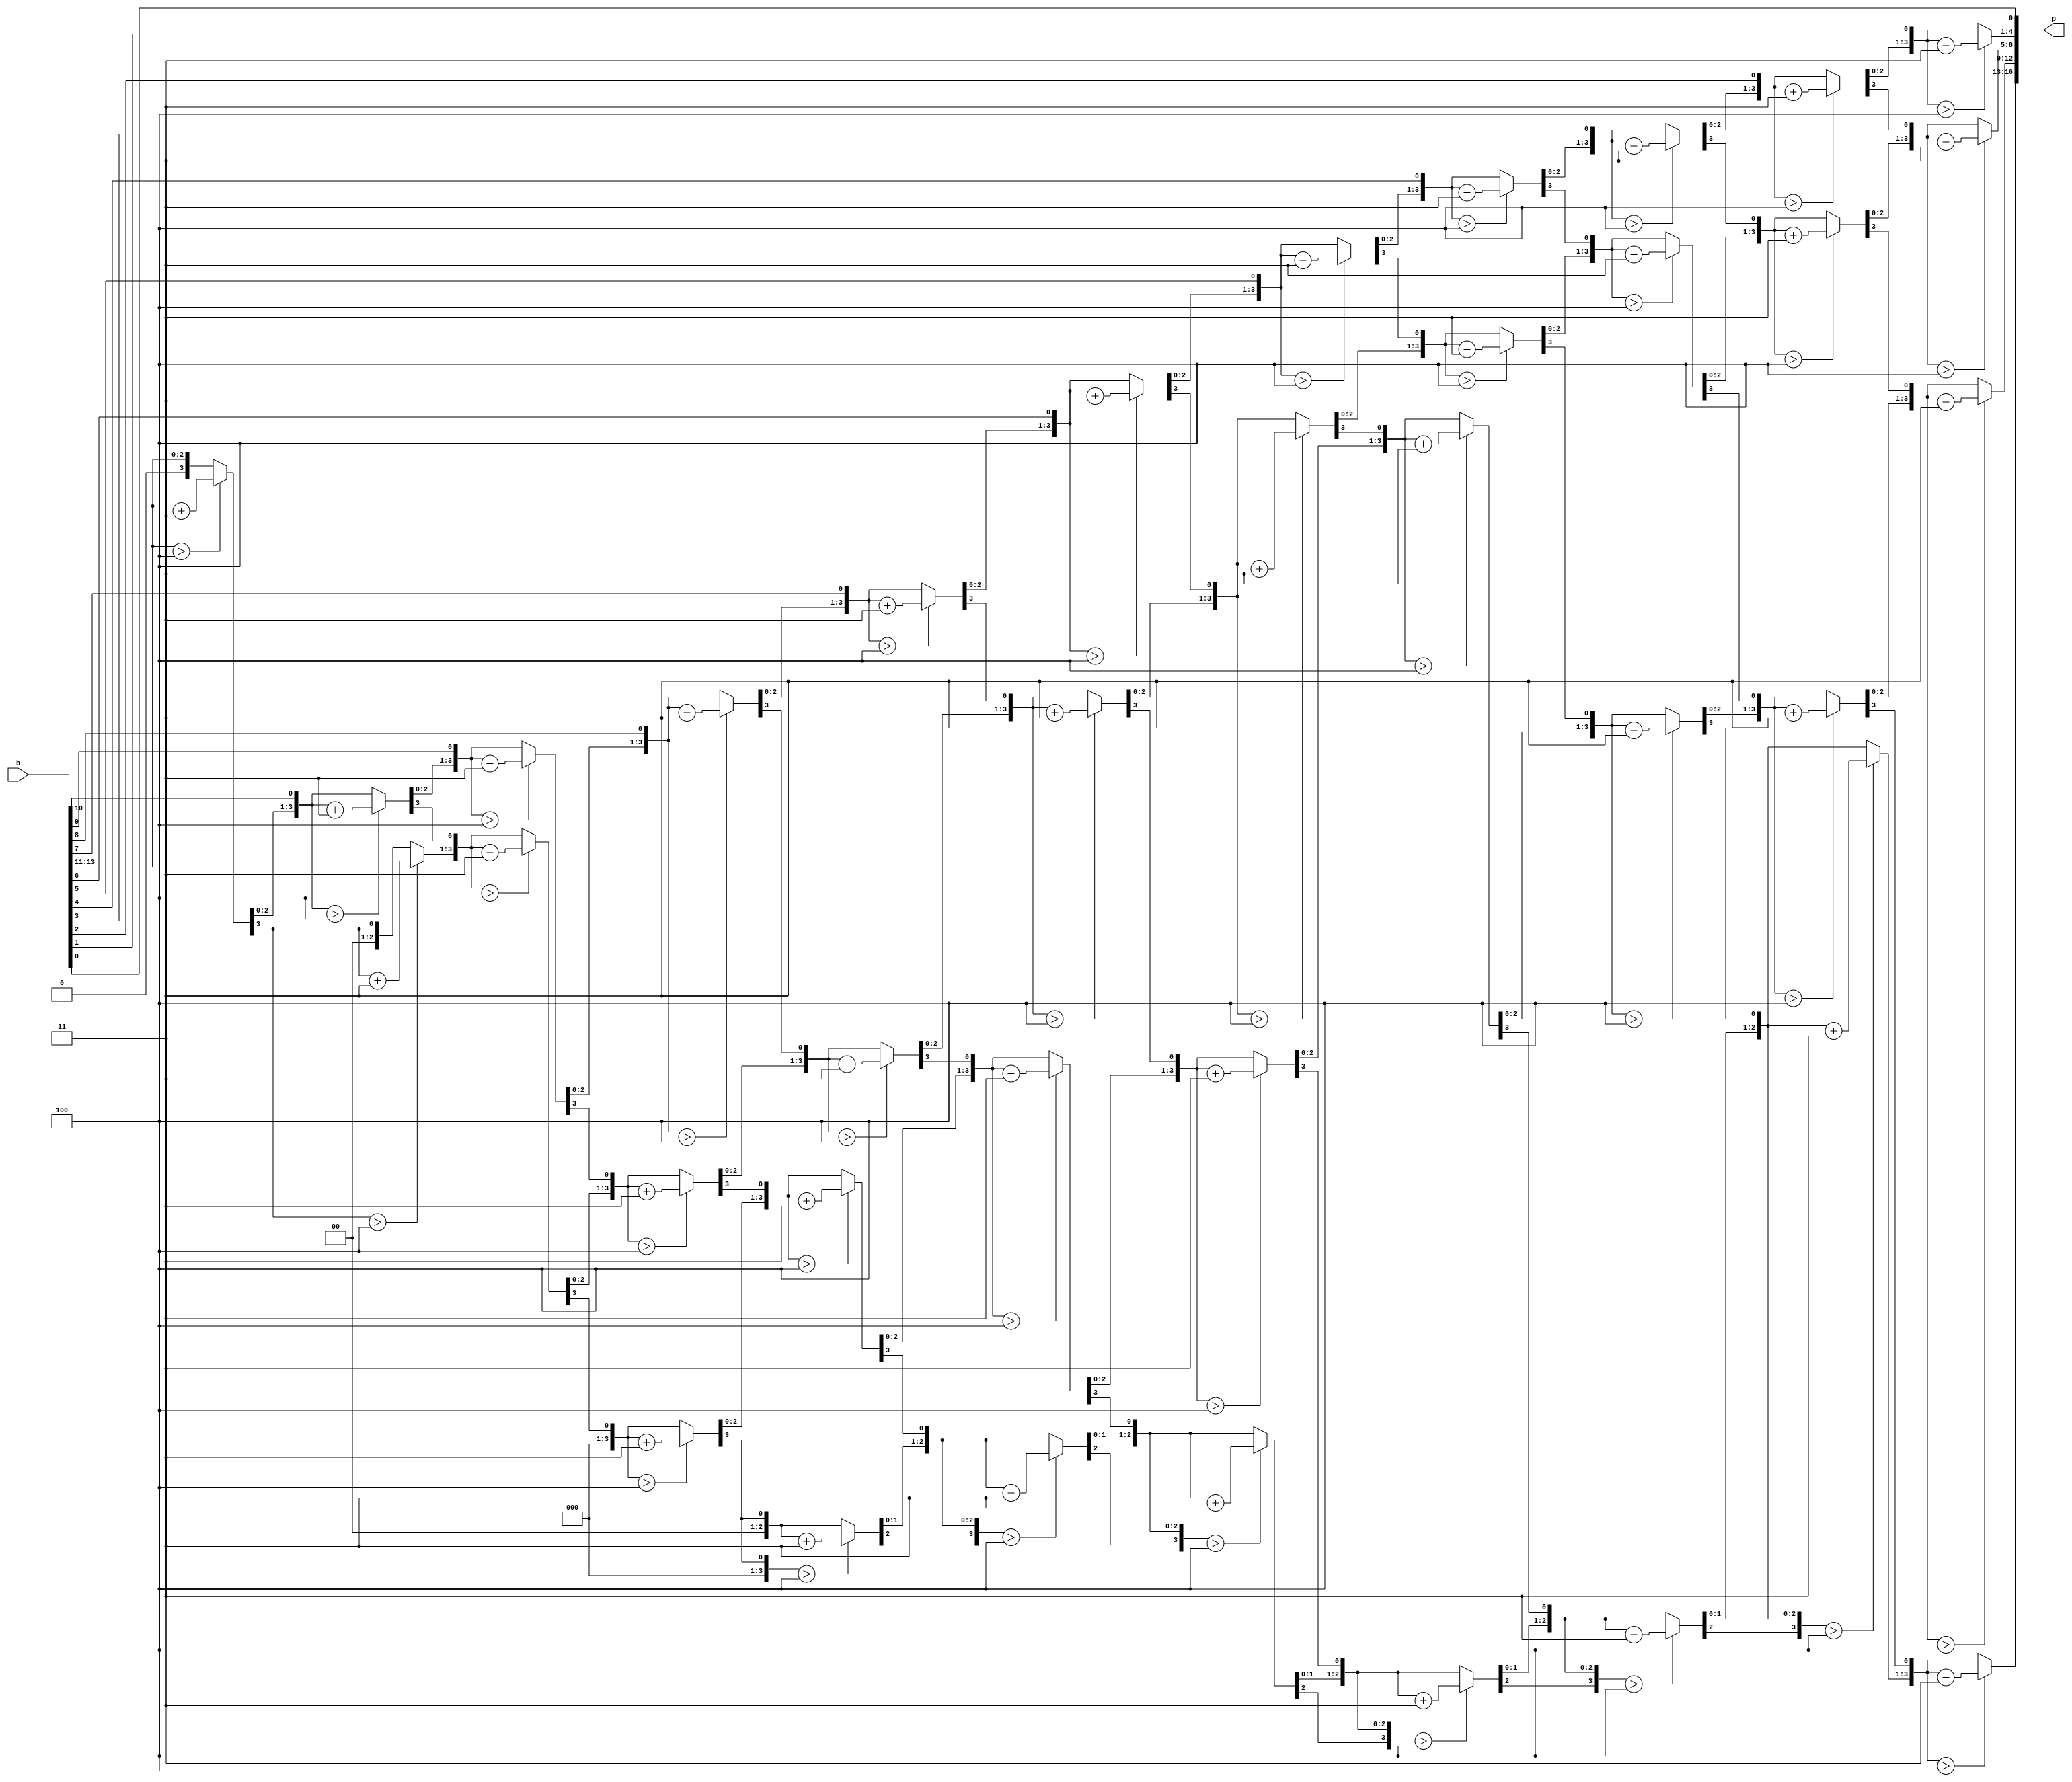
`timescale 1ns / 1ps
//////////////////////////////////////////////////////////////////////////////////
// Company: 
// Engineer: 
// 
// Design Name: 
// Module Name:    bin2bcd 
// Project Name: 
// Target Devices: 
// Tool versions: 
// Description: 
//
// Dependencies: 
//
// Revision: 
// Revision 0.01 - File Created
// Additional Comments: 
//
//////////////////////////////////////////////////////////////////////////////////
module bin2bcd(
    input wire [13:0] b,
    output reg [16:0] p
    );
   ////
	reg [32:0] z;
	integer i;
	always @(*)
	begin
	  for(i=0; i<=32;i=i+1)
	    z[i]=0;
	  z[16:3] = b;
	  repeat(11)
	  begin
	     if(z[17:14]>4)
		     z[17:14] = z[17:14] + 3;
		  if(z[21:18]>4)
		     z[21:18] = z[21:18] + 3;
         if(z[25:22]>4)
		     z[25:22] = z[25:22] + 3;
         if(z[29:26]>4)
		     z[29:26] = z[29:26] + 3;	
         z[32:1] = z[31:0];			  
	  end
	  p = z[30:14]; /////BCD output.
	end

endmodule